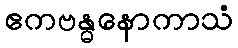
ဧကဗန္ဓနောကာသံ